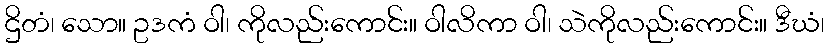
ဌိတံ၊ သော။ ဥဒကံ ဝါ၊ ကိုလည်းကောင်း။ ဝါလိကာ ဝါ၊ သဲကိုလည်းကောင်း။ ဒီဃံ၊